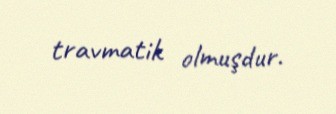
travmatik olmuşdur.